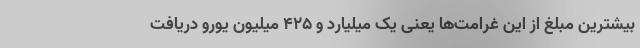
بیشترین مبلغ از این غرامت‌ها یعنی یک میلیارد و ۴۲۵ میلیون یورو دریافت